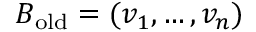
B _ { \mathrm { o l d } } = ( v _ { 1 } , \ldots , v _ { n } )